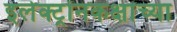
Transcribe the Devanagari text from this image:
इलेक्ट्रॉनकक्षांच्या